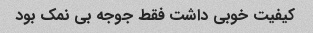
کیفیت خوبی داشت فقط جوجه بی نمک بود